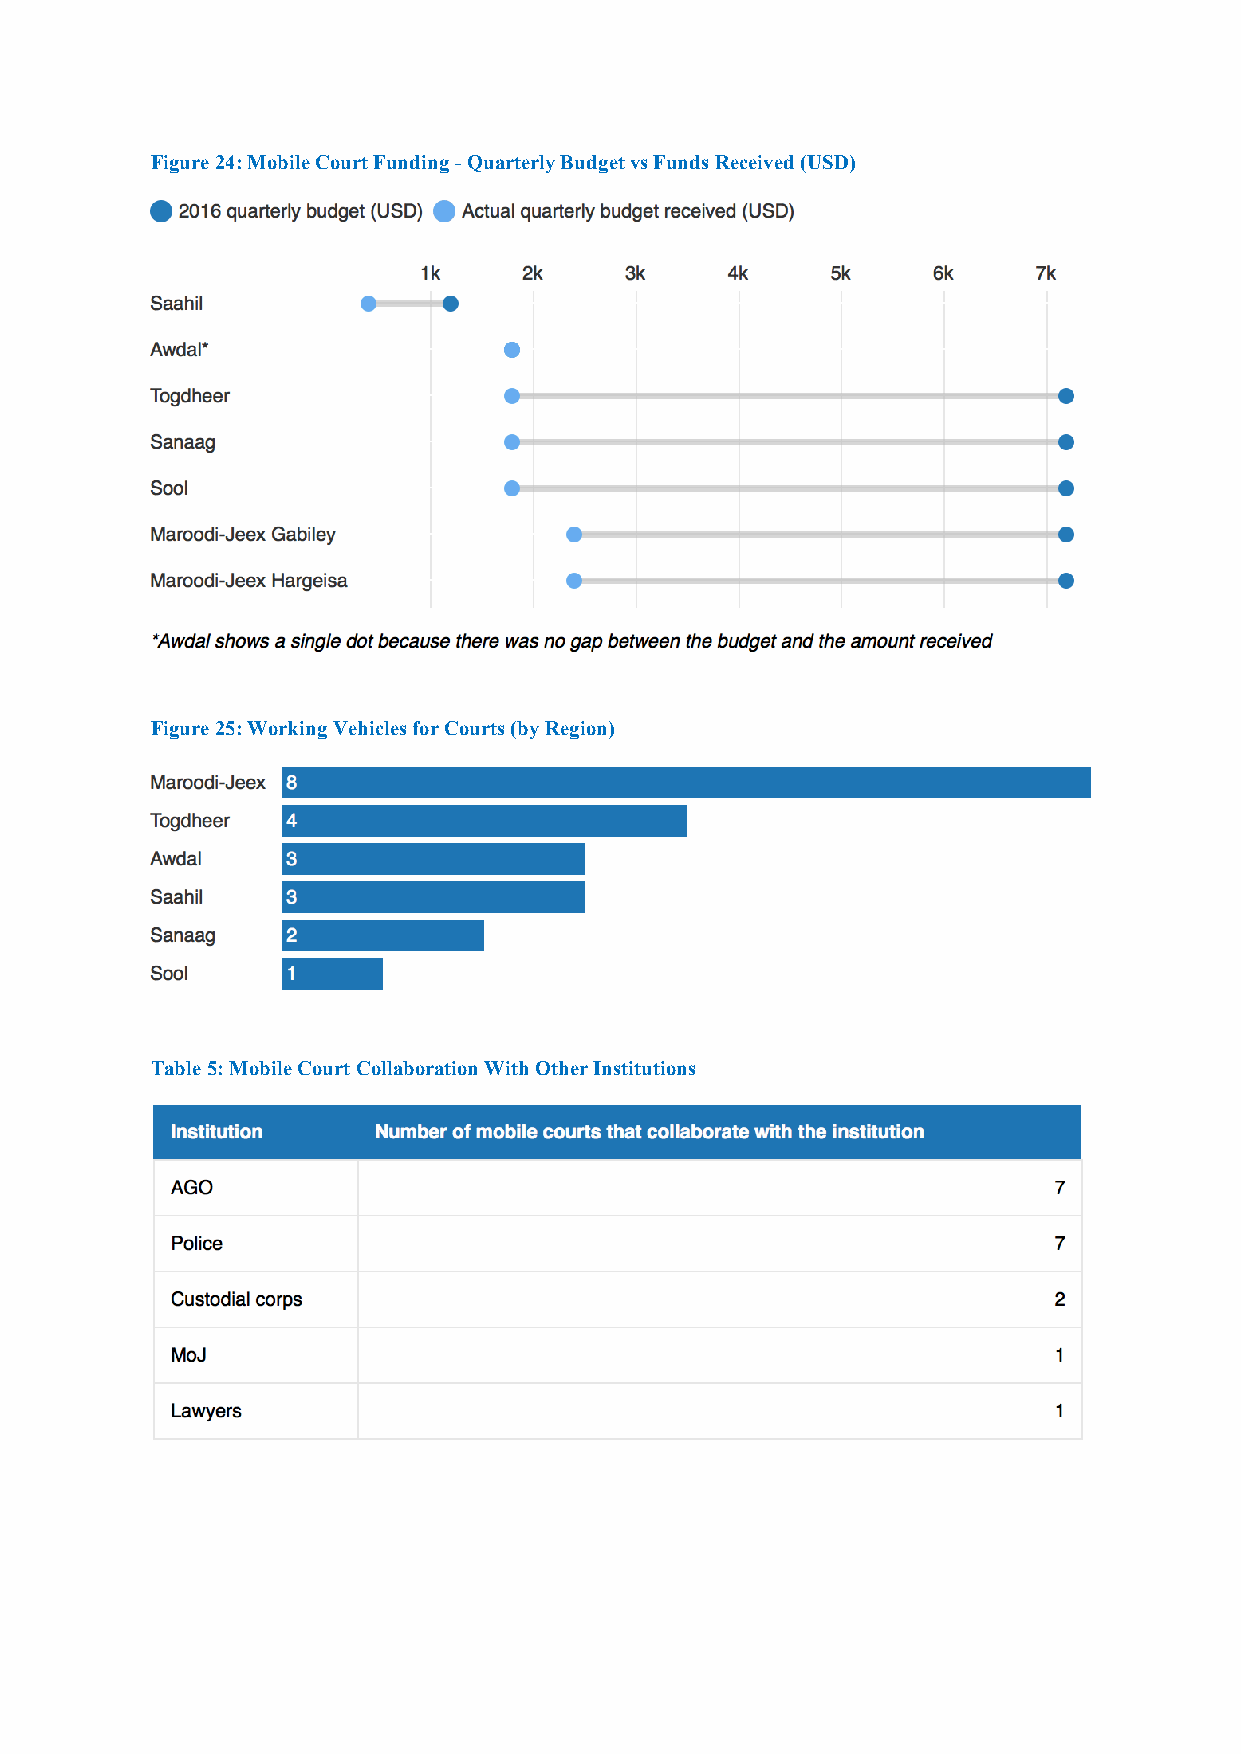
Figure 24: Mobile Court Funding - Quarterly Budget vs Funds Received (USD)
 Figure 25: Working Vehicles for Courts (by Region)
 Table 5: Mobile Court Collaboration With Other Institutions